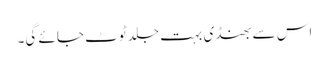
اس سے بھنڈی بہت جلد ٹوٹ جائے گی۔